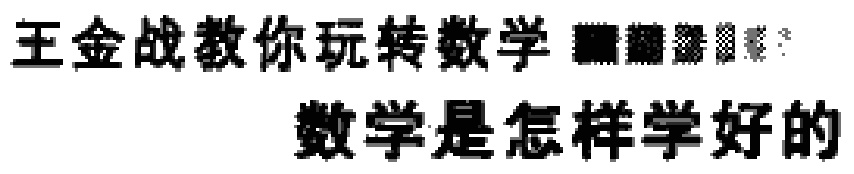
王金战教你玩转数学 数学是怎样学好的